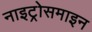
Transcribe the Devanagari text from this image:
नाइट्रोसमाइन